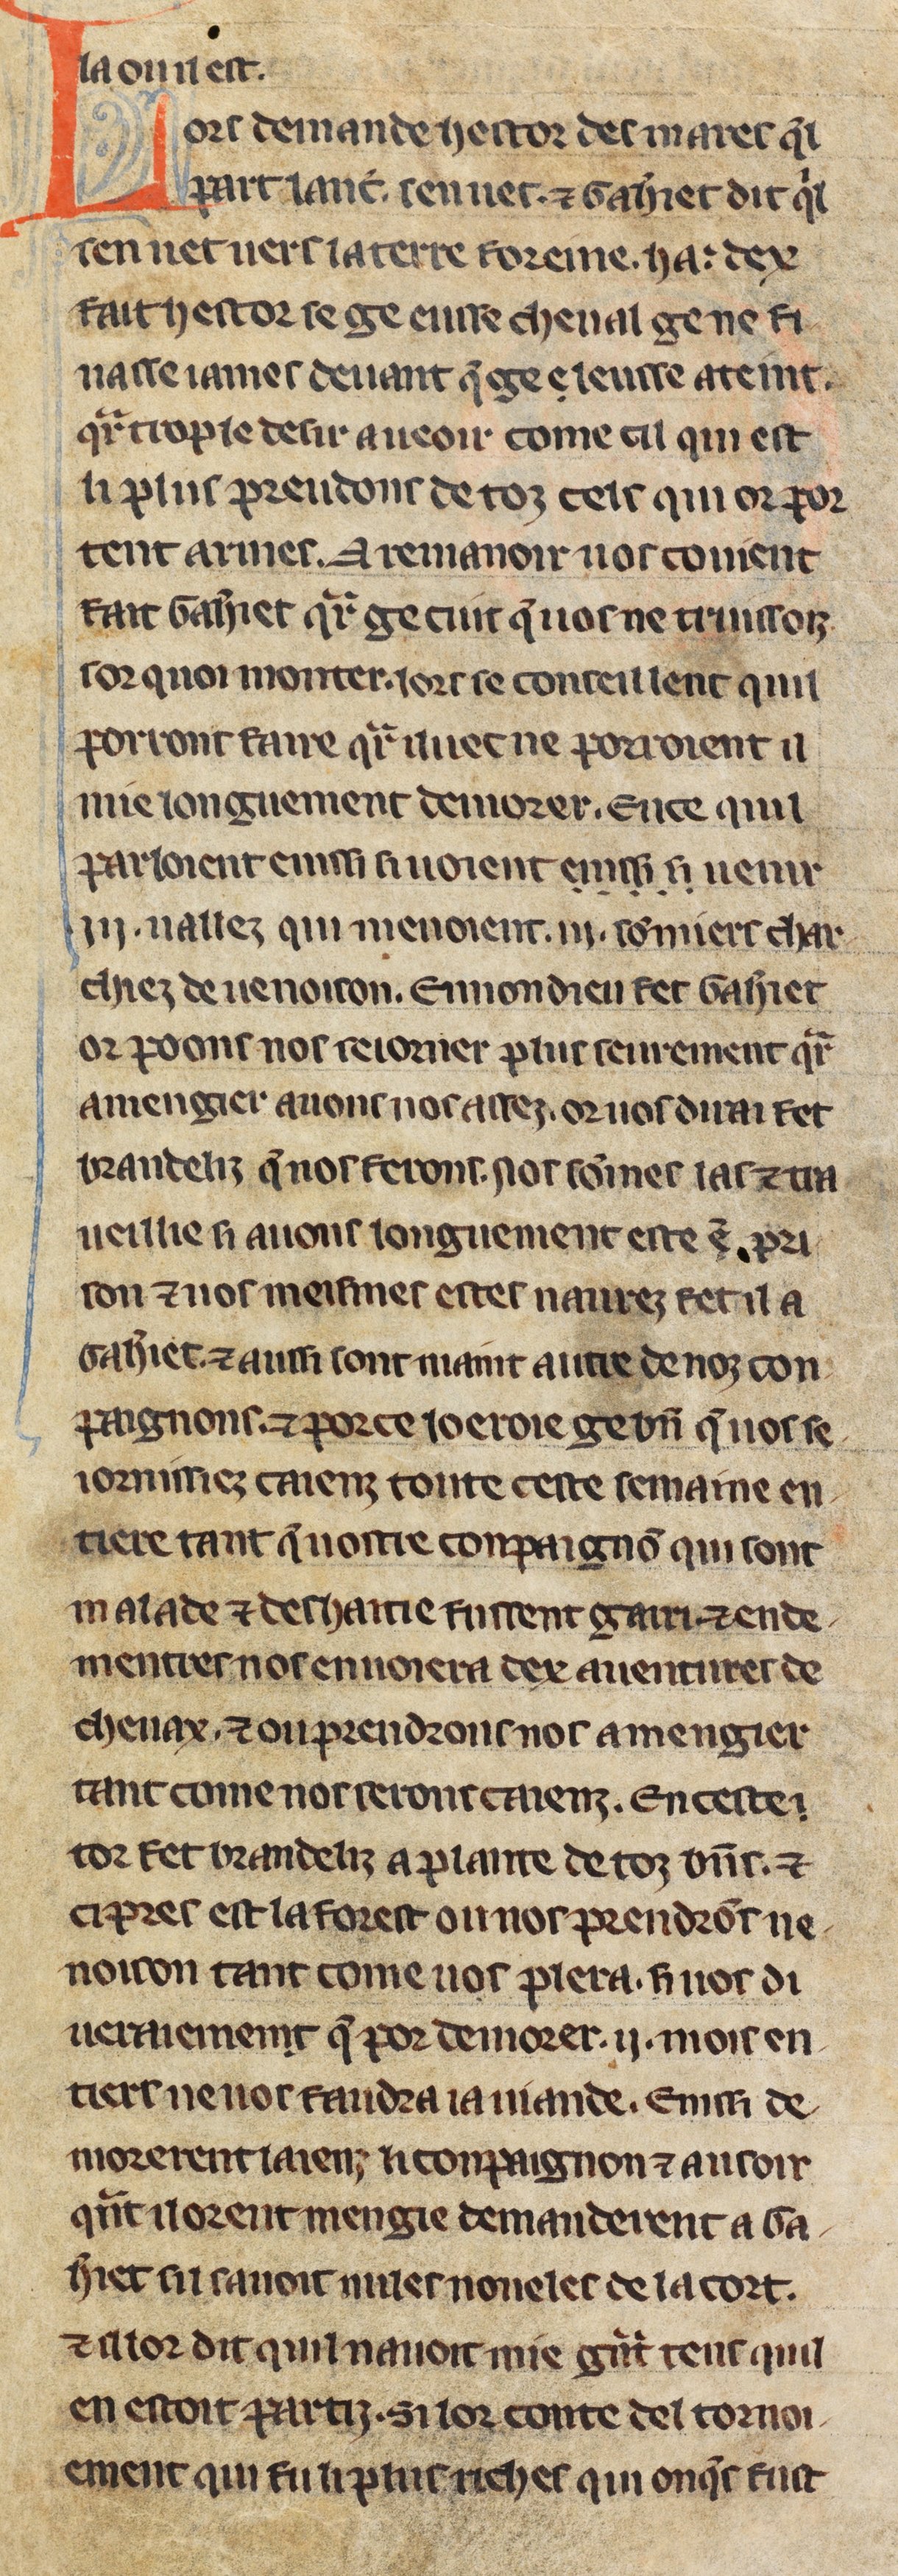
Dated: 1275–1299